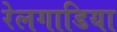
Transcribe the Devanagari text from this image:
रेलगाडिया